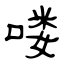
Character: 喽